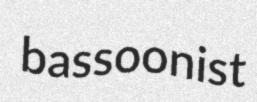
bassoonist